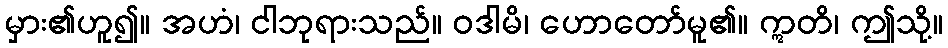
မှား၏ဟူ၍။ အဟံ၊ ငါဘုရားသည်။ ဝဒါမိ၊ ဟောတော်မူ၏။ ဣတိ၊ ဤသို့။